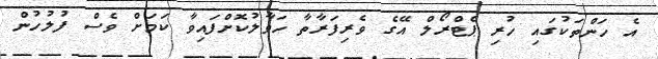
އެ ހަންތަކުގައި ހުރި ޕެޓްރޯލް އޭގެ ވެރިފަރާތާ ހަވާލުކޮށްފައިވާ ކަމަށް ވެސް ފުލުހުން